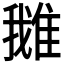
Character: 𨿍